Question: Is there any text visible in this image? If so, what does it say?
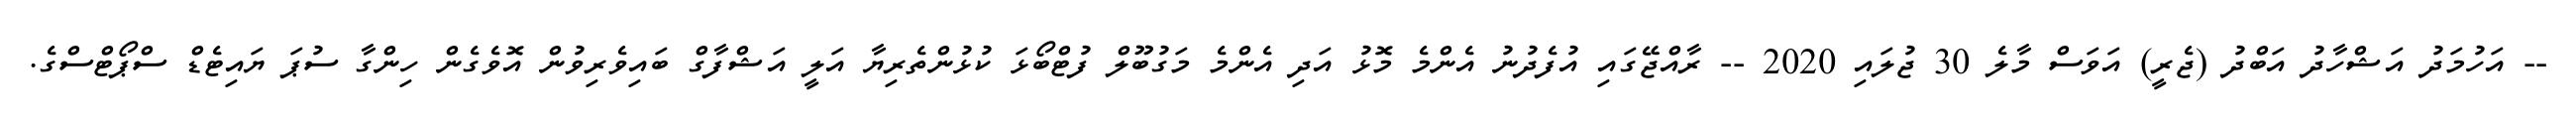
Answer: -- އަހުމަދު އަޝްހާދު އަބްދު (ޖެރީ) އަވަސް މާލެ 30 ޖުލައި 2020 -- ރާއްޖޭގައި އުފެދުނު އެންމެ މޮޅު އަދި އެންމެ މަގުބޫލް ފުޓްބޯޅަ ކުޅުންތެރިޔާ އަލީ އަޝްފާގް ބައިވެރިވުން އޮވެގެން ހިންގާ ސުޕަ ޔައިޓެޑް ސްޕޯޓްސްގެ.